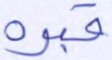
قبره